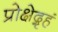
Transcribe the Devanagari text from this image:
प्रोक्षेद्गृहं